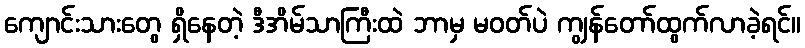
ကျောင်းသားတွေ ရှိနေတဲ့ ဒီအိမ်သာကြီးထဲ ဘာမှ မဝတ်ပဲ ကျွန်တော်ထွက်လာခဲ့ရင်။